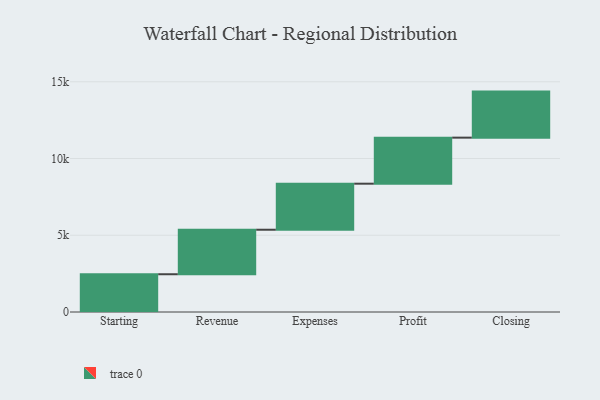
{"axis": {"x": "Step", "y": "Value"}, "legend": [""], "data": [{"x": "Starting", "y": 2460.0, "type": ""}, {"x": "Revenue", "y": 2900.0, "type": ""}, {"x": "Expenses", "y": 3000, "type": ""}, {"x": "Profit", "y": 3000, "type": ""}, {"x": "Closing", "y": 3000, "type": ""}]}